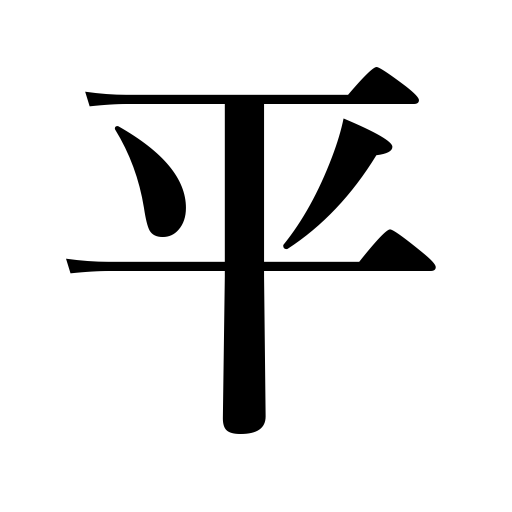
Meanings: level,humbly,a plain,calm,peaceful,earnestly,common,ordinary,smooth,sitting tailor fashion,flat